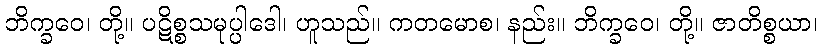
ဘိက္ခဝေ၊ တို့။ ပဋိစ္စသမုပ္ပါဒေါ၊ ဟူသည်။ ကတမောစ၊ နည်း။ ဘိက္ခဝေ၊ တို့။ ဇာတိစ္စယာ၊